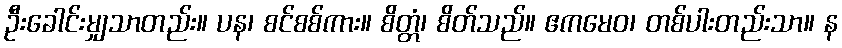
ဦးခေါင်းမျှသာတည်း။ ပန၊ စင်စစ်ကား။ စိတ္တံ၊ စိတ်သည်။ ဧကမေဝ၊ တစ်ပါးတည်းသာ။ န